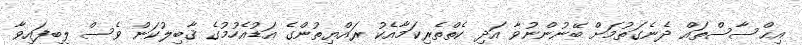
އިޙްސާސްތައް ދެނެގަތުމަށް ބޭނުންނުވާ އަދި ކެތްތެރިކަމާއެކު ރައްޔިތުންގެ އަޑުއެހުމުގެ ޤާބިލުކަން ވެސް ލިބިފައިވާ